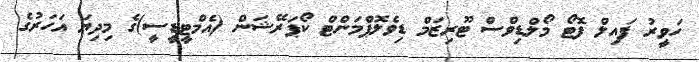
ހަވީރު ފައިލް ފޮޓޯ މޯލްޑިވްސް ޓޫރިޒަމް ޑިވެލޮޕްމަންޓް ކޯޕަރޭޝަން (އެމްޓީޑީސީ)ގެ މިދިޔަ އަހަރުގެ